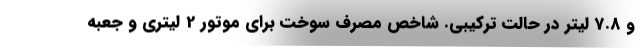
و 7.8 لیتر در حالت ترکیبی. شاخص مصرف سوخت برای موتور 2 لیتری و جعبه